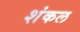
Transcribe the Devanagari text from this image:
शंकल